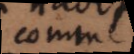
comme